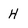
Character: H